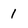
Character: 1